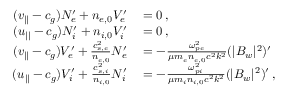
\begin{array} { r l } { ( v _ { | | } - c _ { g } ) N _ { e } ^ { \prime } + n _ { e , 0 } V _ { e } ^ { \prime } } & { { } = 0 \, , } \\ { ( u _ { | | } - c _ { g } ) N _ { i } ^ { \prime } + n _ { i , 0 } V _ { i } ^ { \prime } } & { { } = 0 \, , } \\ { ( v _ { | | } - c _ { g } ) V _ { e } ^ { \prime } + \frac { c _ { s , e } ^ { 2 } } { n _ { e , 0 } } N _ { e } ^ { \prime } } & { { } = - \frac { \omega _ { p e } ^ { 2 } } { \mu m _ { e } n _ { e , 0 } c ^ { 2 } k ^ { 2 } } ( | B _ { w } | ^ { 2 } ) ^ { \prime } } \\ { ( u _ { | | } - c _ { g } ) V _ { i } ^ { \prime } + \frac { c _ { s , i } ^ { 2 } } { n _ { i , 0 } } N _ { i } ^ { \prime } } & { { } = - \frac { \omega _ { p i } ^ { 2 } } { \mu m _ { i } n _ { i , 0 } c ^ { 2 } k ^ { 2 } } ( | B _ { w } | ^ { 2 } ) ^ { \prime } \, , } \end{array}